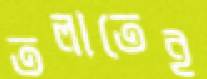
তলাতেই